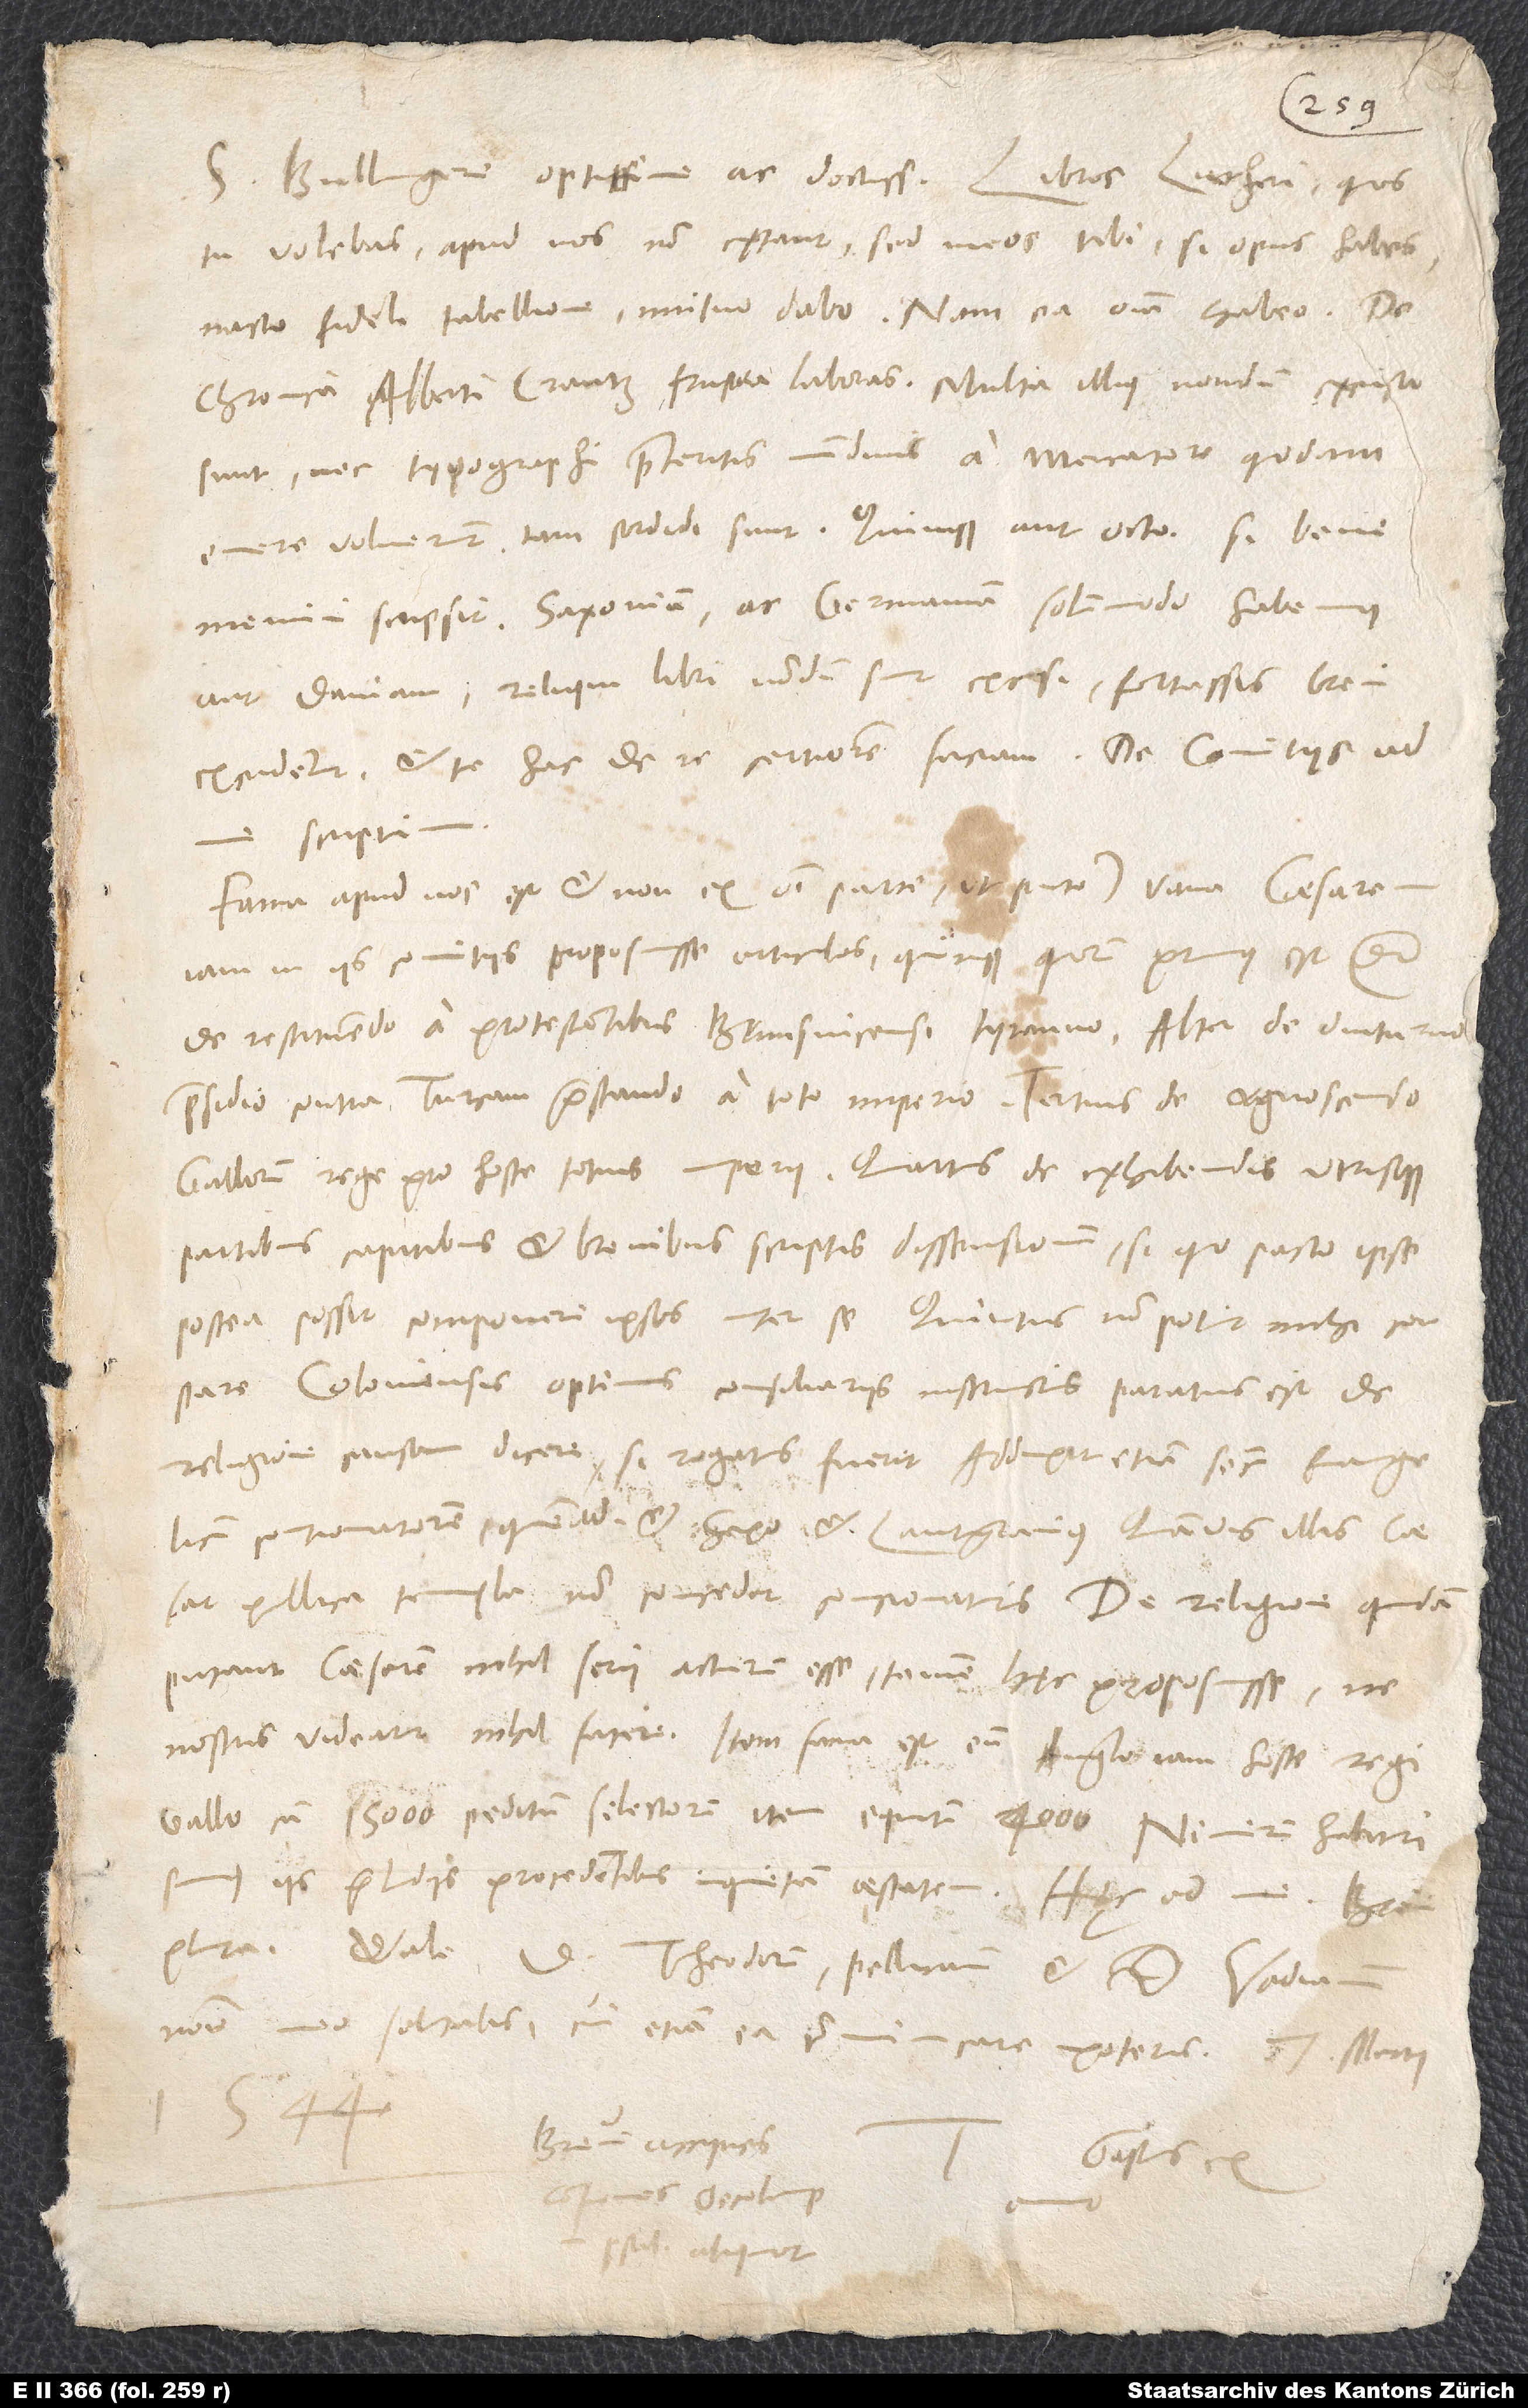
tu volebas, apud nos non extant, sed meos tibi, si opus habes,
nacto fideli tabellione mutuo dabo; nam ea omnia habeo.
chronica Alberti Crantz frustra laboras. Multa illius nondum excusa
sunt nec typographi praeteritis nundinis a mercatore quodam
emere voluerunt, tam sordidi sunt. Quinque aut octo, si bene
memini, scripsit. Saxoniam ac Germaniam solummodo habemus
aut Daniam; reliqui libri nondum sunt excusi. Fortassis brevi
scriptum:
„Fama apud nos est et non ex omni parte (ut puto) vana caesarem
iam in iis comitiis proposuisse articulos quinque, quorum primus est de
restituendo a protestantibus Brunsvicensi tyranno, alter de diuturno
praesidio contra Turcam praestando a toto imperio, tertius de cognoscendo
Gallorum rege pro hoste totius imperii, quartus de exhibendis utrisque
partibus capitibus et brevibus scriptis dissensionum, si quo pacto ipse
postea posset componere ipsos inter se; quintus non potuit mihi constare.
Coloniensis optimis consiliariis instructus paratus est de
religione causam dicere, si rogatus fuerit; adduxit etiam secum evangelicum
contionatorem quemadmodum et Saxo et lantgravius, quamvis illis caesar
publica templa non concedet concionaturis. De religione quidam
putant caesarem nihil serii acturum esse, tamen hęc proposuisse, ne
nostris videatur nihil facere. Item fama est
eum Anglo, iam hoste regi
Gallo, cum 15’000 peditum selectorum, item equitum 4’000. Nimirum habituri
sumus iis praeludiis procedentibus inquietam aestatem.“ Hęc ad me.
Theodorum, Pellicanum et d. Vadianum
nomine meo salutabis, cui etiam ea communicare poteris. 7. martii
1544.
Brevi accipies
Gastius ex
contiones Oecolampadii